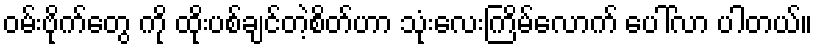
ဝမ်းဗိုက်တွေ ကို ထိုးပစ်ချင်တဲ့စိတ်ဟာ သုံးလေးကြိမ်လောက် ပေါ်လာ ပါတယ်။